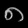
Digit: ၈